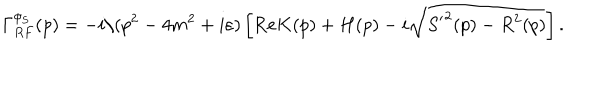
\Gamma _ { R F } ^ { \phi _ { S } } ( p ) = - i / ( p ^ { 2 } - 4 m ^ { 2 } + i \varepsilon ) \left[ \mathrm { R e } K ( p ) + H ( p ) - i \sqrt { { S ^ { \prime } } ^ { 2 } ( p ) - R ^ { 2 } ( p ) } \right] .